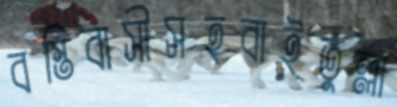
বস্তিবাসীসহবাইতুল্লা